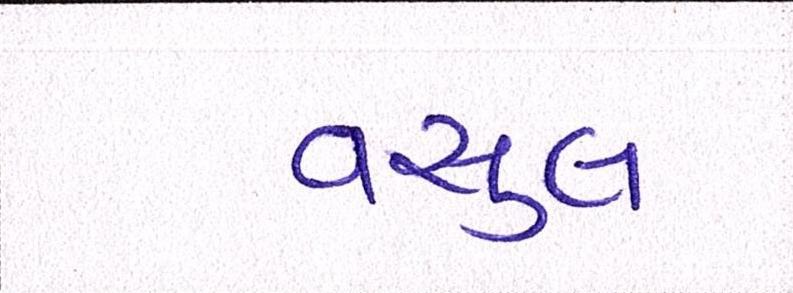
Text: વસુલ